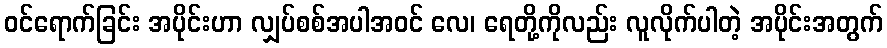
ဝင်ရောက်ခြင်း အပိုင်းဟာ လျှပ်စစ်အပါအဝင် လေ၊ ရေတို့ကိုလည်း လူလိုက်ပါတဲ့ အပိုင်းအတွက်